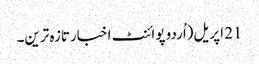
21 اپریل(اُردو پوائنٹ اخبارتازہ ترین۔